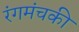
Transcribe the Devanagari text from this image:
रंगमंचकी